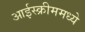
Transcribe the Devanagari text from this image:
आईस्क्रीममध्ये